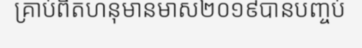
គ្រាប់ពិតហនុមានមាស២០១៩បានបញ្ចប់